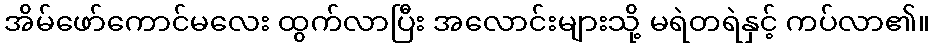
အိမ်ဖော်ကောင်မလေး ထွက်လာပြီး အလောင်းများသို့ မရဲတရဲနှင့် ကပ်လာ၏။